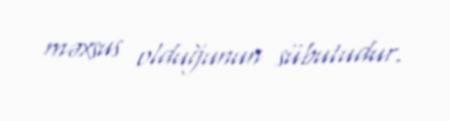
məxsus olduğunun sübutudur.